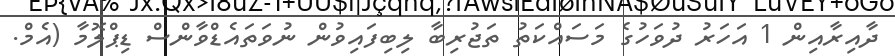
ދާއިރާއިން 1 އަހަރު ދުވަހުގެ މަސައްކަތު ތަޖުރިބާ ލިބިފައިވުން ނުވަތައެޑްވާންސް ޑިޕްލޮމާ (އެމް.